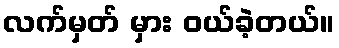
လက်မှတ် မှား ဝယ်ခဲ့တယ်။